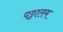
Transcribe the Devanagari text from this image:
पट्टालम